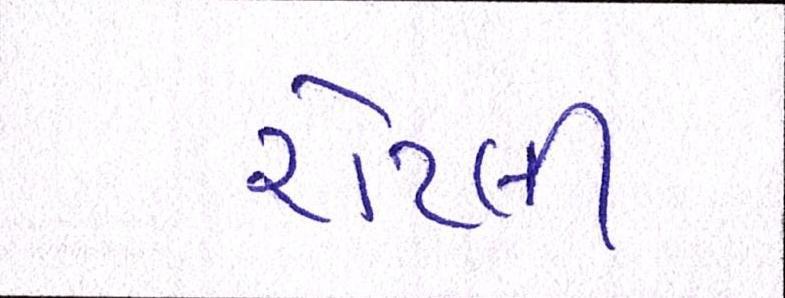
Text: રોટલી